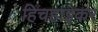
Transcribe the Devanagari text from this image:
हिचहाइकर